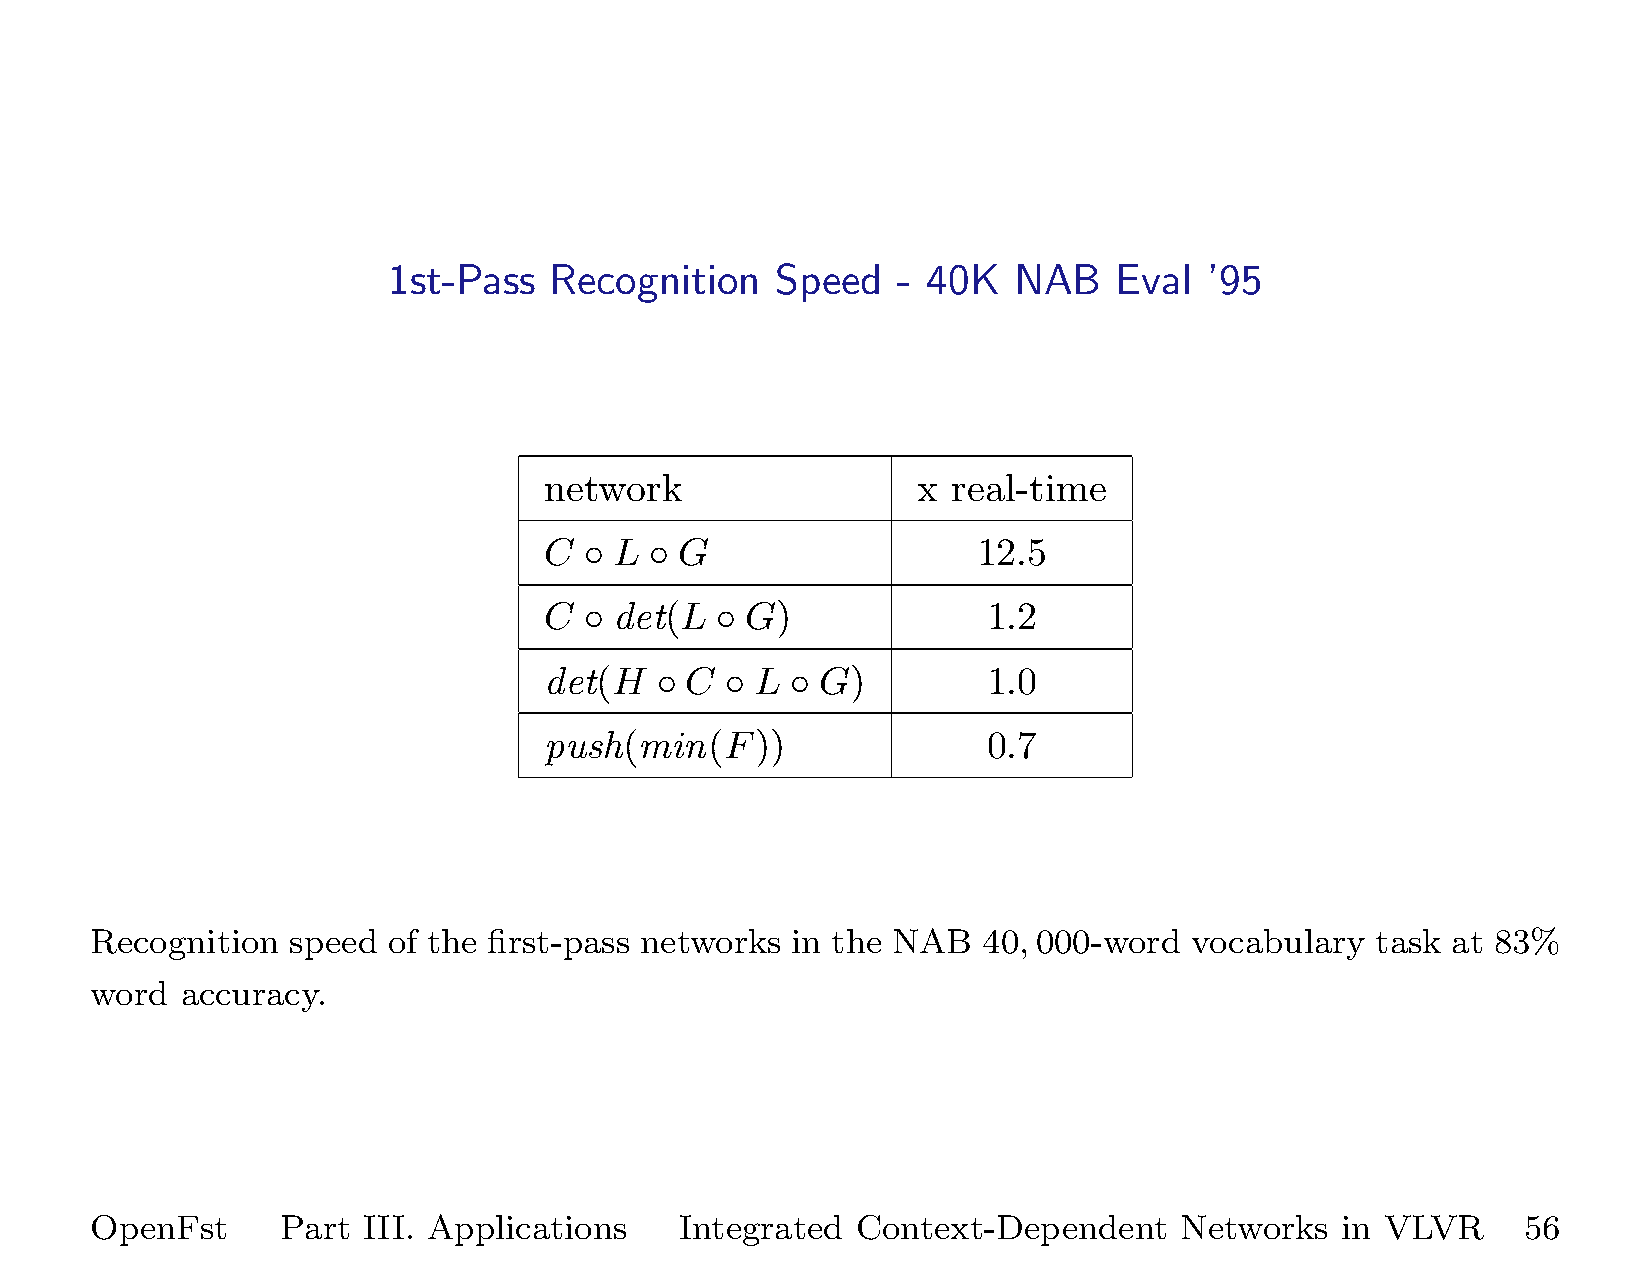
1st-Pass  Recognition    Speed   - 40K   NAB    Eval  ’95
 network                  x real-time
 C  ◦ L ◦ G                   12.5
 C  ◦ det(L ◦ G)              1.2
 det(H  ◦ C  ◦ L ◦ G)         1.0
 push(min(F))                 0.7
 Recognition  speed  of the first-pass networks in the NAB  40,000-word   vocabulary  task at 83%
 word  accuracy.
 OpenFst      Part III. Applications    Integrated  Context-Dependent    Networks   in VLVR     56